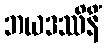
ဘယဒဿိနိံ